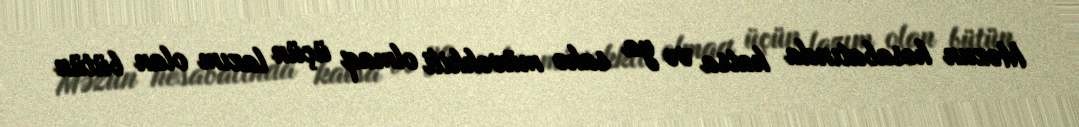
Məzun hesabatında katsa və ya sahə müvəkkili olmaq üçün lazım olan bütün